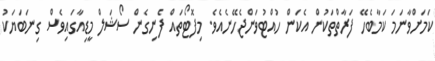
ކަމަށްވާނަމަ ކަމާބެހޭ ފަރާތްތަކުން އެކަން ހުއްޓުވަންޖެހޭނެއެވެ. މިފޮޓޯތައް ފެނިގެން ސޯޝަލް މީޑިއާގައިވެސް ގިނަބަޔަކު